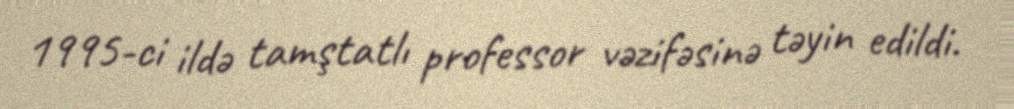
1995-ci ildə tamştatlı professor vəzifəsinə təyin edildi.